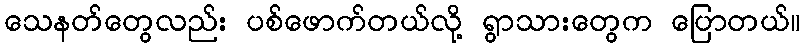
သေနတ်တွေလည်း ပစ်ဖောက်တယ်လို့ ရွာသားတွေက ပြောတယ်။